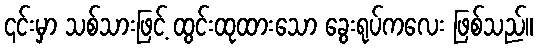
၎င်းမှာ သစ်သားဖြင့် ထွင်းထုထားသော ခွေးရုပ်ကလေး ဖြစ်သည်။